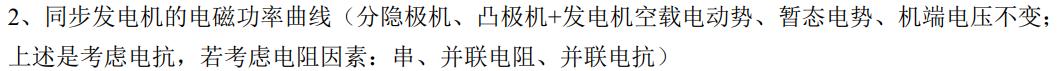
2、同步发电机的电磁功率曲线（分隐极机、凸极机+发电机空载电动势、暂态电势、机端电压不变；上述是考虑电抗，若考虑电阻因素：串、并联电阻、并联电抗）